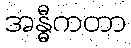
အန္ဓီကတာ